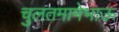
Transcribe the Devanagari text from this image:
चुलतमामेभाऊ